Annual report of the Camel Specialist
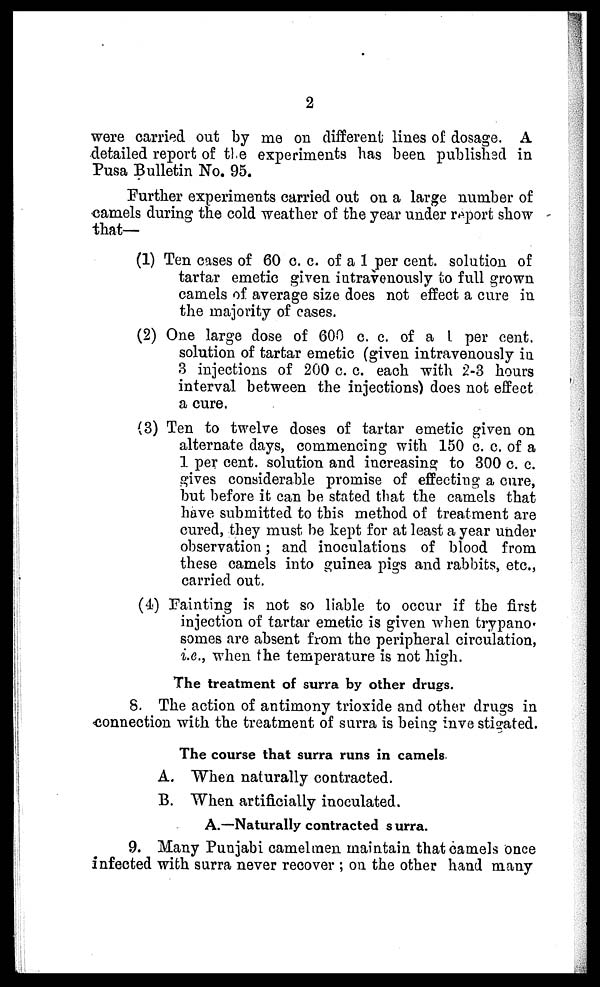
2
were carried out by me on different lines of dosage. A
detailed report of the experiments has been published in
Pusa Bulletin No. 95.
Further experiments carried out on a large number of
camels during the cold weather of the year under report show
that—
(1) Ten cases of 60 c. c. of a 1 per cent. solution of
tartar emetic given intravenously to full grown
camels of average size does not effect a cure in
the majority of cases.
(2) One large dose of 600 c. c. of a 1 per cent.
solution of tartar emetic (given intravenously in
3 injections of 200 c. c. each with 2-3 hours
interval between the injections) does not effect
a cure.
(3) Ten to twelve doses of tartar emetic given on
alternate days, commencing with 150 c. c. of a
1 per cent. solution and increasing to 300 c. c.
gives considerable promise of effecting a cure,
but before it can be stated that the camels that
have submitted to this method of treatment are
cured, they must be kept for at least a year under
observation; and inoculations of blood from
these camels into guinea pigs and rabbits, etc.,
carried out.
(4) Fainting is not so liable to occur if the first
injection of tartar emetic is given when trypano-
somes are absent from the peripheral circulation,
i.e., when the temperature is not high.
The treatment of surra by other drugs.
8. The action of antimony trioxide and other drugs in
connection with the treatment of surra is being investigated.
The course that surra runs in camels.
A. When naturally contracted.
B. When artificially inoculated.
A.—Naturally contracted surra.
9. Many Punjabi camelmen maintain that camels once
infected with surra never recover ; on the other hand many